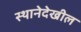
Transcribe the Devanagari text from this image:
स्थानेदेखील